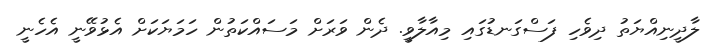
ލާދީނިއްޔަތު ދިވެހި ފަސްގަނޑުގައި މިއާލާވީ. ދެން ވަރަށް މަސައްކަތުން ހަމަޔަކަށް އެޅުވޭނީ އެހެނީ